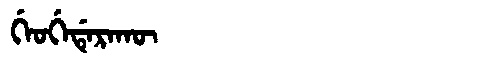
Manchu: ᡤᡝᠣᡤᡝᡩᡝᡵᠠᡴᡡ
Romanization: GEOGEDERAKŪ